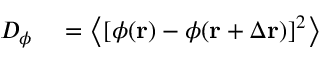
\begin{array} { r l } { D _ { \phi } } & { { } = \left\langle \left[ \phi ( \mathbf { r } ) - \phi ( \mathbf { r } + \Delta \mathbf { r } ) \right] ^ { 2 } \right\rangle } \end{array}